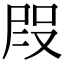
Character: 𭮭